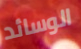
الوسائد